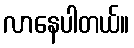
လာနေပါတယ်။